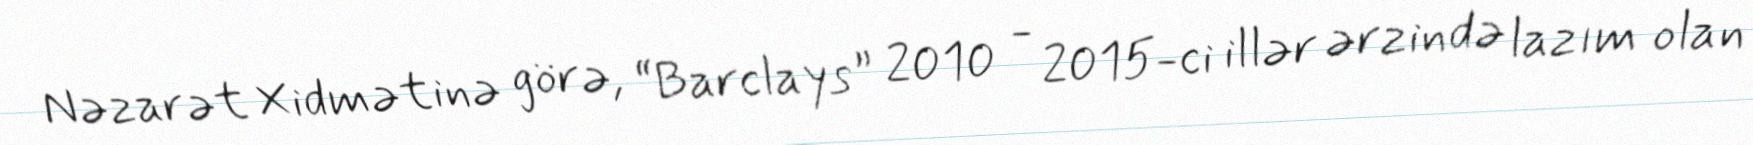
Nəzarət Xidmətinə görə, “Barclays” 2010 - 2015-ci illər ərzində lazım olan